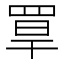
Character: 𦋁